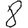
Digit: 8